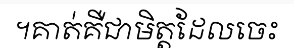
។គាត់គឺជាមិត្តដែលចេះ